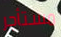
مستأجر